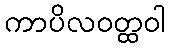
ကာပိလဝတ္ထဝါ